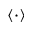
\langle \cdot \rangle